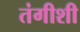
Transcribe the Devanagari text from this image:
तंगीशी